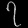
Digit: ၇